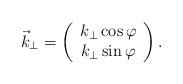
LaTeX: \begin{align*}\vec{k}_{\perp}=\left(\begin{array}{c}k_{\perp}\cos\varphi \\k_{\perp}\sin\varphi \\\end{array}\right).\end{align*}